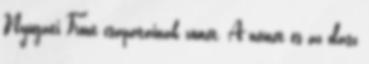
Nyugati Front csapatainak zömét. A német és az olasz